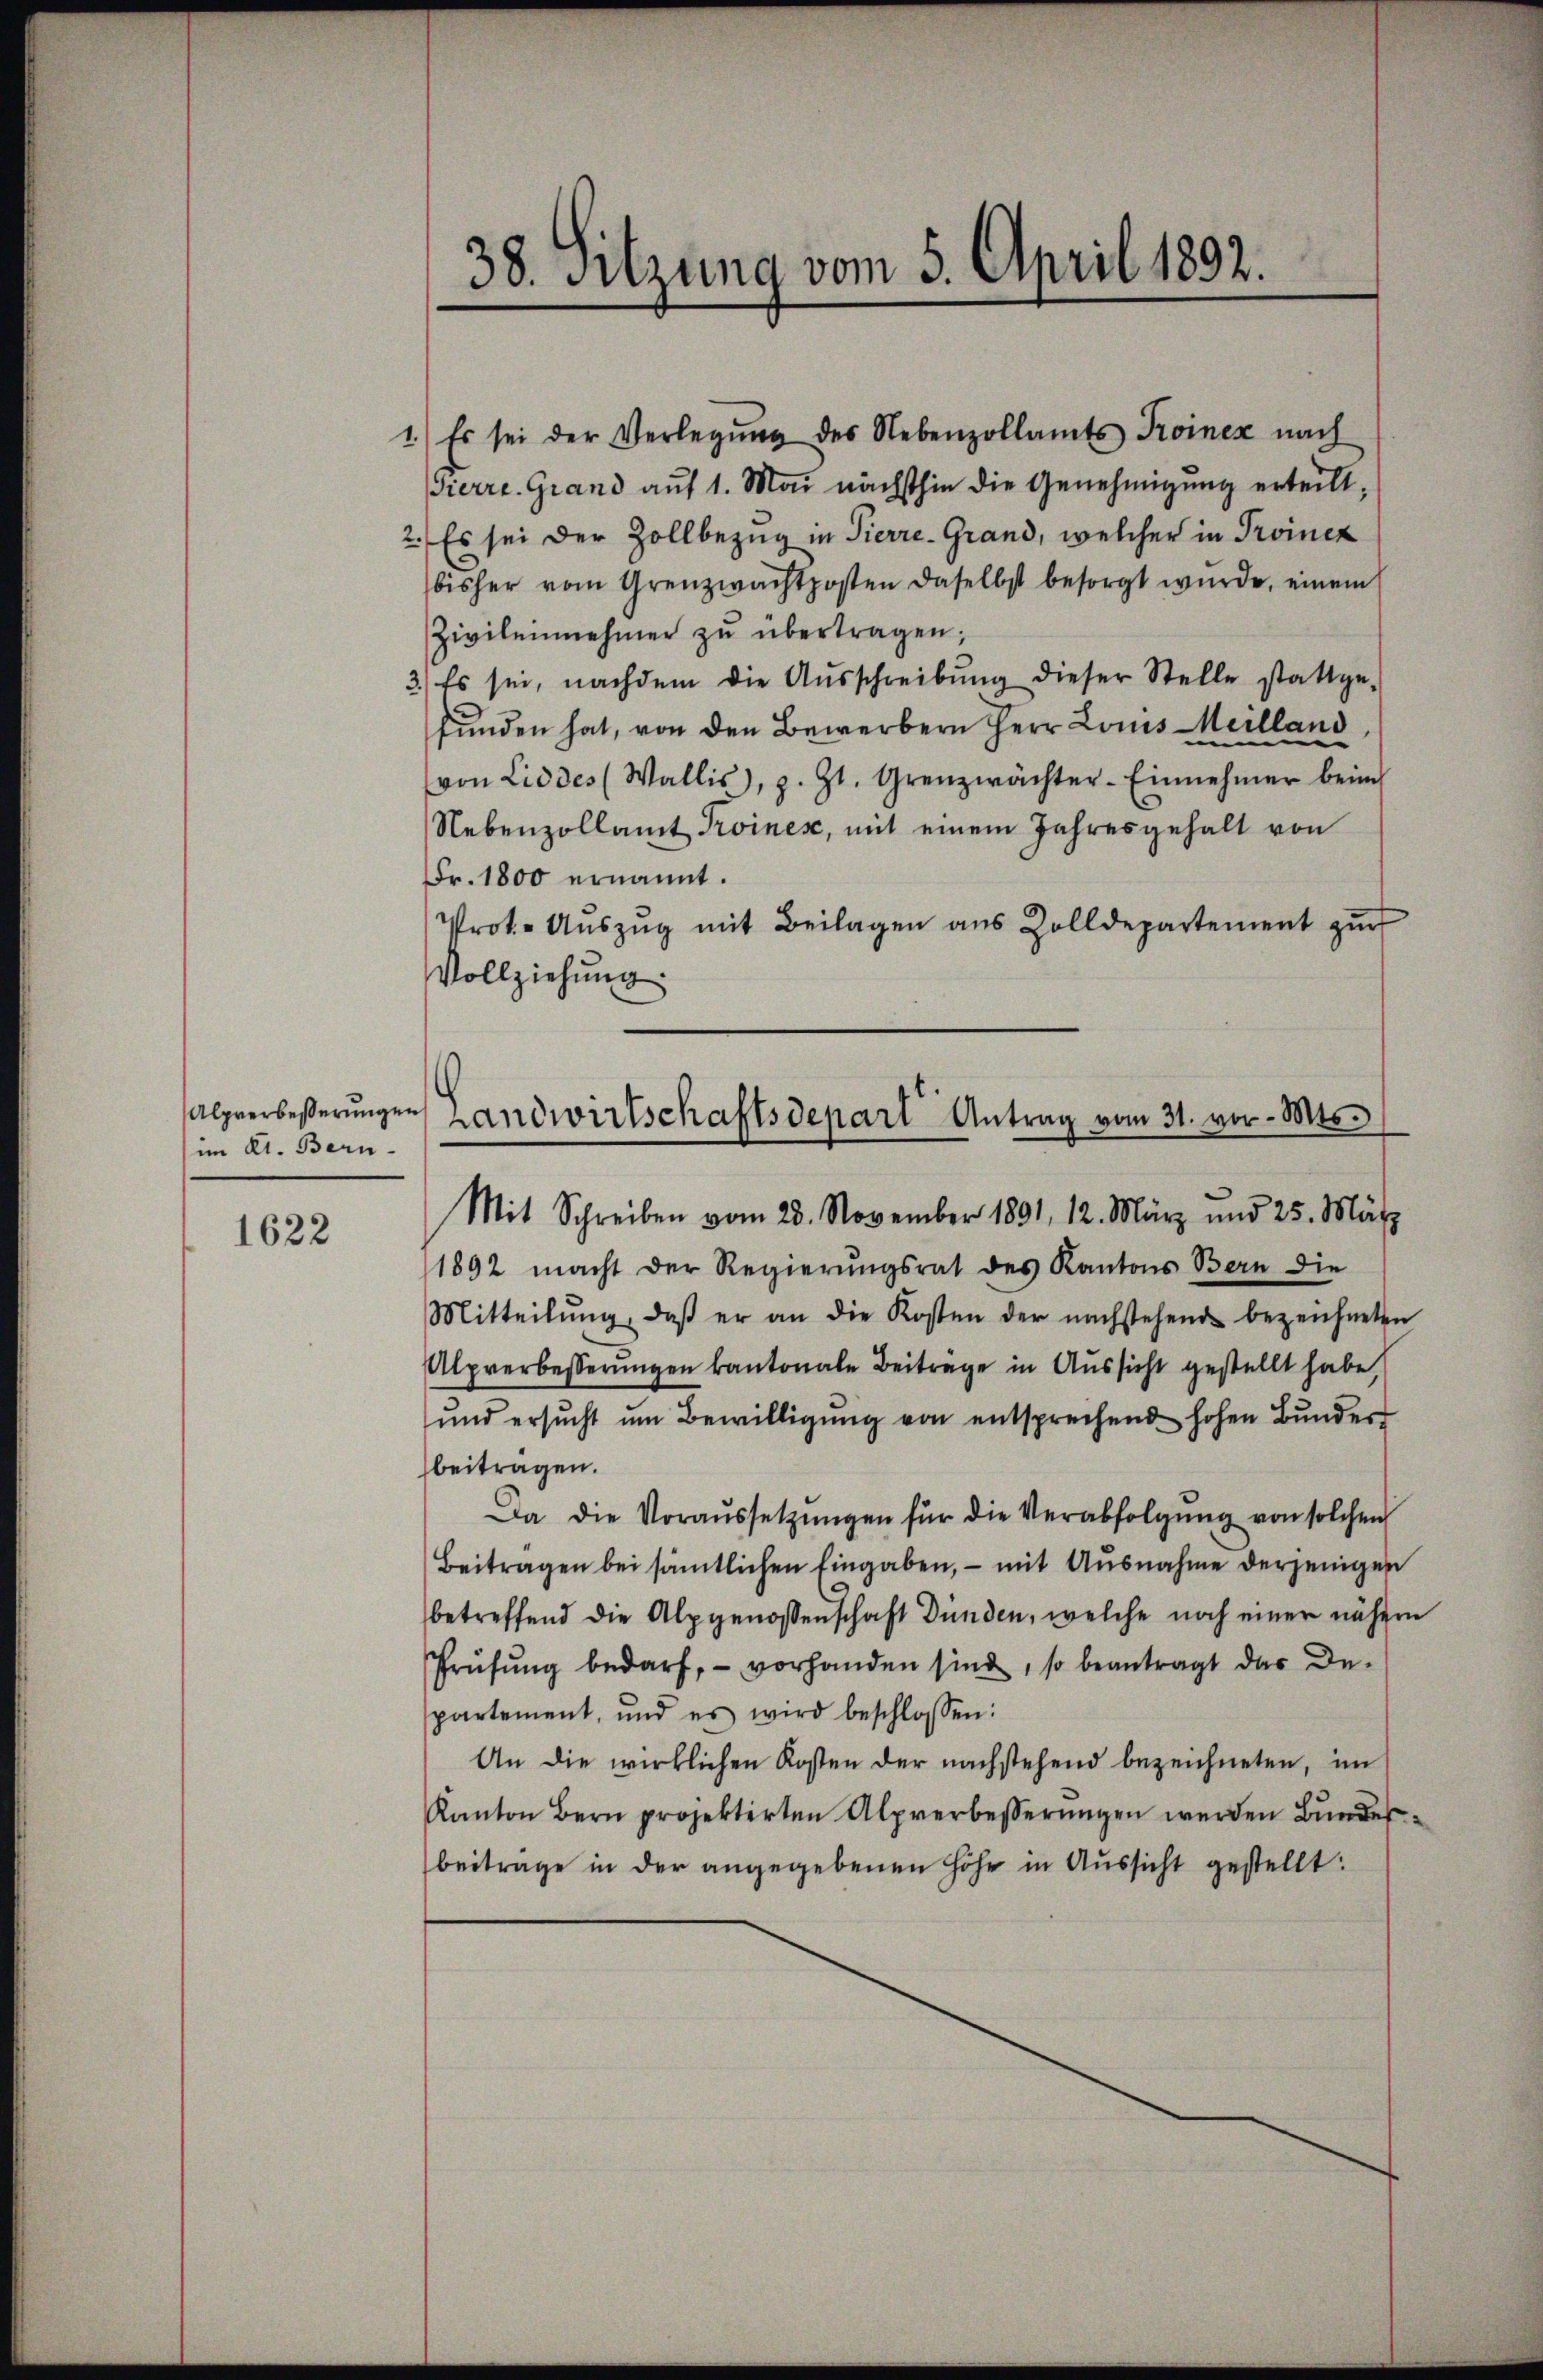
Alprerbeßerungen
im Kt. Bern-

1622

38. Sitzung vom 5. April 1892.

1.) Es sei der Verlegŭng des Nebenzollamts Troinez nach
Pierre. Grand auf 1. Mai nächsthin die Genehmigung erteilt,
2.) Es sei der Zollbezug in Pierre-Grand, welcher in Proinek
bisher vom Grenzwachtposten daselbst besorgt wurde, einem
Zivileinehmer zŭ übertragen;
3.) Es sei, nachdem die Aŭsschreibŭng dieser Stelle stattge-
elland
funden hat, von den Bewerbern Herr Louise
von Liddes (Wallis, z. Zt. Grenzwächter-Einnehmer beim
Nebenzollamt Troines, mit einem Jahresgehalt von
Fr. 1800 ernannt.
Prot.- Aŭszŭg mit Beilagen aus Zolldepartement zŭr
Vollziehung.
Mit Schreiben vom 28. November 1891, 12. März und 25. März
1892 macht der Regierŭngsrat des Kantons Bern die
Mitteilŭng, daβ er an die Kosten der nachstehend bezeichneten
Alpverbesserungen kantonale Beitrage in Aussicht gestellt habe,
und ersŭcht ŭm Bewilligŭng von entsprechend hohen Bunder
beitragen.
Da die Voraussetzŭngen für die Verabfolgung von solchen
Beitragen bei sämtlichen Eingaben, – mit Ausnahme derjenigen
betreffend die Alpgenossenschaft Dünden, welche noch einer nähern
Prüfŭng bedarf, vorhanden sind, so beantragt das De-
partement, und es wird beschlossen:
An die wirklichen Kosten der nachstehend bezeichneten, im
Kanton Bern projektirten Alprerbesserŭngen werden Bŭndes-
beitrage in der angegebenen Höhe in Aussicht gestellt:

Landwirtschaftsdepart Antrag vom 31. vor. Mts.